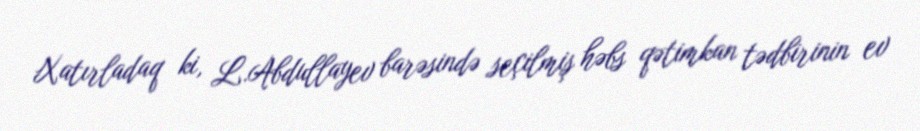
Xatırladaq ki, L.Abdullayev barəsində seçilmiş həbs qətimkan tədbirinin ev